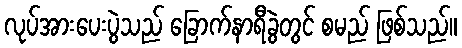
လုပ်အားပေးပွဲသည် ခြောက်နာရီခွဲတွင် စမည် ဖြစ်သည်။